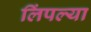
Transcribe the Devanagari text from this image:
लिंपल्या